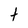
Character: t